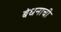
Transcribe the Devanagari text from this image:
बंधनाची